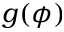
g ( \phi )